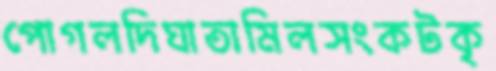
পোগলদিঘাতামিলসংকটকৃ